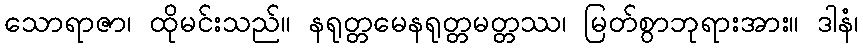
သောရာဇာ၊ ထိုမင်းသည်။ နရုတ္တမေနရုတ္တမတ္တဿ၊ မြတ်စွာဘုရားအား။ ဒါနံ၊